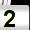
Digit: 2